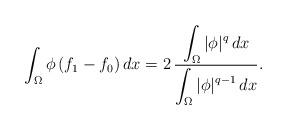
LaTeX: \begin{align*}\int_\Omega \phi\, (f_1-f_0)\, dx=2\,\frac{\displaystyle\int_\Omega |\phi|^q\,dx}{\displaystyle\int_\Omega |\phi|^{q-1}\,dx}.\end{align*}